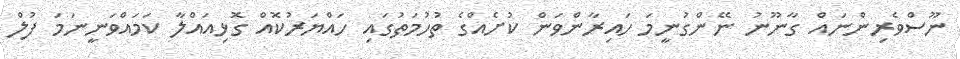
ނޫސްވެރިންނައް ގާނޫނު ނޭންގުނީމަ ހައިރާންވަން ކުށެއްގެ ތުހުމަތުގައި ހައްޔަރުކޮއް ގޮޅިއައްލާ ކަމައްވަނީނަމަ ފުލް